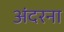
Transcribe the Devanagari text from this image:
अंदरना